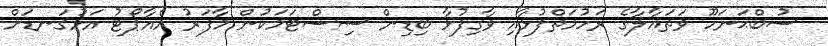
ސުބްޙަނަހޫ ވަތަޢާލާގެ ރަހުމަތްފުޅާއި ވާގިފުޅާ ބިޑިން ސިސްޓަމަކުން މާފަރު އެއާޕޯޓު އަޅުގަނޑަށް